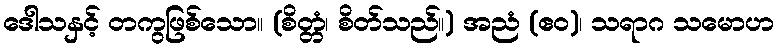
ဒေါသနှင့် တကွဖြစ်သော။ (စိတ္တံ၊ စိတ်သည်။) အညံ (ဧဝ)၊ သရာဂ သမောဟ